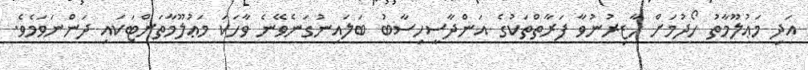
އަދި މަޢުލޫމާތު ހޯދުމަށް ހާޒިރުނުވާ ފަރާތްތަކުގެ އަންދާސީހިސާބު ބަލައިނުގަނެވޭނެ ވާހަކަ މަޢުލޫމާތަށްޓަކައި ދަންނަވަމެވެ.